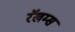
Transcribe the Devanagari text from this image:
रॅखम्स